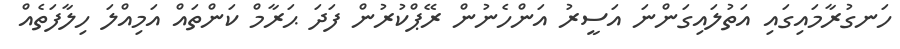
ހަނގުރާމައިގައި އަތުލައިގަންނަ އަސީރު އަންހެނުން ރޭޕްކުރުން ފަދަ ޙަރާމް ކަންތައް އަމިއްލަ ހިލާފަތެއް